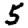
Digit: 5